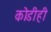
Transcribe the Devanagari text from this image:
कोडीही